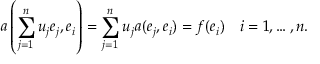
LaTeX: a \left( \sum _ { j = 1 } ^ { n } u _ { j } e _ { j } , e _ { i } \right) = \sum _ { j = 1 } ^ { n } u _ { j } a ( e _ { j } , e _ { i } ) = f ( e _ { i } ) \quad i = 1 , \ldots , n .